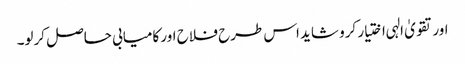
اور تقویٰ الہی اختیار کرو شاید اس طرح فلاح اور کامیابی حاصل کرلو۔